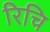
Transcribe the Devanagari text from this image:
रिचि